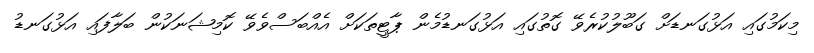
މިކަމުގައި އަޅުގަނޑަށް ގަބޫލުކުރެވޭ ގޮތުގައި އަޅުގަނޑުމެން ޕާޓީތަކަށް އެއްބަސްވެވޭ ކޮމިޝަނަކުން ބަލާފައި އަޅުގަނޑު